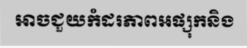
អាចជួយកំដរភាពអផ្សុកនិង